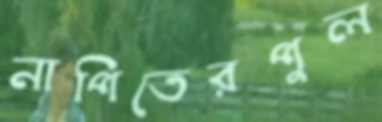
নাপিতেরপুল